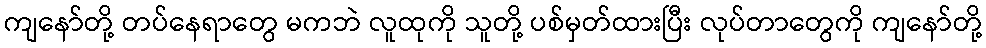
ကျနော်တို့ တပ်နေရာတွေ မကဘဲ လူထုကို သူတို့ ပစ်မှတ်ထားပြီး လုပ်တာတွေကို ကျနော်တို့